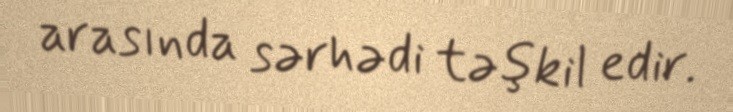
arasında sərhədi təşkil edir.